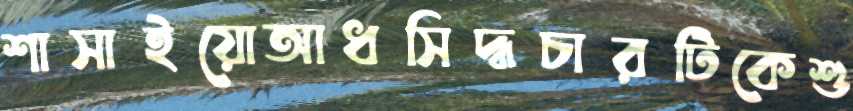
শাসাইয়োআধসিদ্ধচারটিকেশু